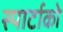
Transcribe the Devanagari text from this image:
स्पार्टाको